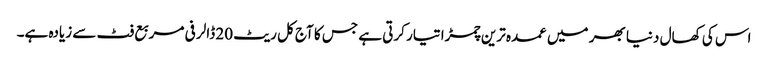
اس کی کھال دنیا بھر میں عمدہ ترین چمڑا تیار کرتی ہے جس کا آج کل ریٹ 20 ڈالر فی مربع فٹ سے زیادہ ہے۔